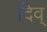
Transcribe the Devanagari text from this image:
दिव्‌